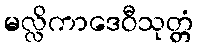
မလ္လိကာဒေဝီသုတ္တံ